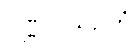
ဝဏ္ဏူပသဉှိတံ